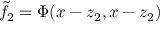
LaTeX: \tilde { f } _ { 2 } = \Phi ( x - z _ { 2 } , x - z _ { 2 } )